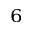
^ 6